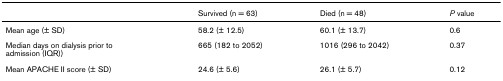
|  | Survived (n = 63) | Died (n = 48) | P value |
 | --- | --- | --- | --- |
 | Mean age (± SD) | 58.2 (± 12.5) | 60.1 (± 13.7) | 0.6 |
 | Median days on dialysis prior toadmission (IQR)) | 665 (182 to 2052) | 1016 (296 to 2042) | 0.37 |
 | Mean APACHE II score (± SD) | 24.6 (± 5.6) | 26.1 (± 5.7) | 0.12 |